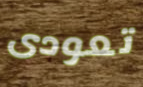
تعودى